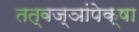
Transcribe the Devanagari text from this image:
तत्वज्ञांपेक्षा